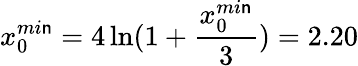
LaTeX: x_{0}^{mi\mathsf{n}}=4\ln(1+{\frac{{x_{0}^{mi\mathsf{n}}}}{{3}}})=2.20